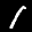
Label: 1